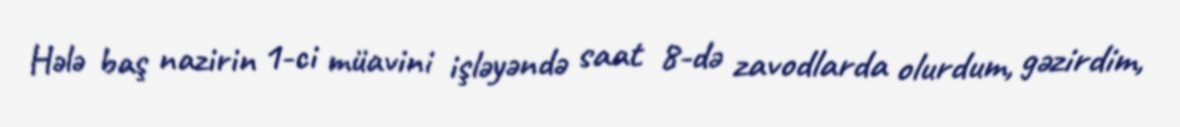
Hələ baş nazirin 1-ci müavini işləyəndə saat 8-də zavodlarda olurdum, gəzirdim,